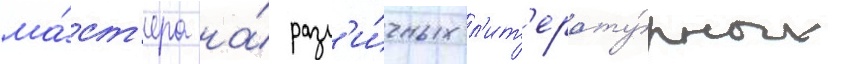
ма́ст'ера на́ разл'и́чных л'ит'ерату́рных